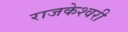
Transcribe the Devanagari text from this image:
राजकेश्‍वरी